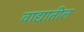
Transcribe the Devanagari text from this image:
वाद्यातील